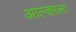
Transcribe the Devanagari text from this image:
आल्काला